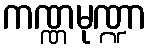
ကဏ္ဏမုဏ္ဍာ